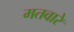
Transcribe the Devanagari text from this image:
मतवारे